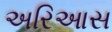
અરિઆસ